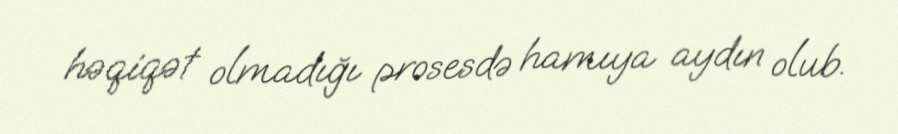
həqiqət olmadığı prosesdə hamıya aydın olub.